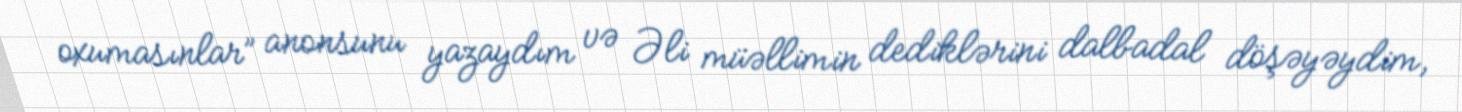
oxumasınlar” anonsunu yazaydım və Əli müəllimin dediklərini dalbadal döşəyəydim,